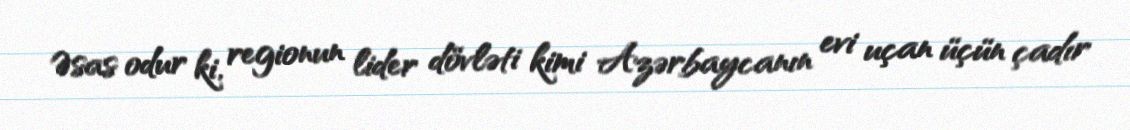
Əsas odur ki, regionun lider dövləti kimi Azərbaycanın evi uçan üçün çadır